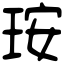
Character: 𤥃